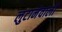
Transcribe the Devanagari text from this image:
लुटानेवालों